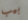
بيب